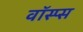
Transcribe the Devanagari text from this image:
वॉस्प्स